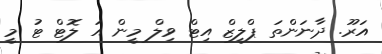
އަރޫ. ދާނަންތަ ޕްލީޒް އިޓް ވިލް މީން އަ ލޮޓް ޓު މީ